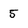
Character: 5